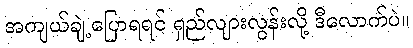
အကျယ်ချဲ့ပြောရရင် ရှည်လျားလွန်းလို့ ဒီလောက်ပဲ။